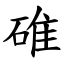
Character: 碓